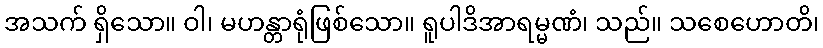
အသက် ရှိသော။ ဝါ၊ မဟန္တာရုံဖြစ်သော။ ရူပါဒိအာရမ္မဏံ၊ သည်။ သစေဟောတိ၊